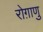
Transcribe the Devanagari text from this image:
रोग़ाणु